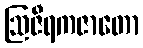
ဩဇီရကဇာတော